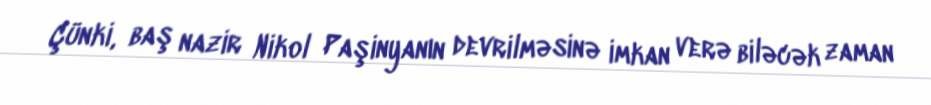
Çünki, baş nazir Nikol Paşinyanın devrilməsinə imkan verə biləcək zaman